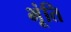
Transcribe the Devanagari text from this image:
भूंति